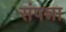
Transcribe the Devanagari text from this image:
संपन्ना